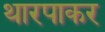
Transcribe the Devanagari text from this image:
थारपाकर